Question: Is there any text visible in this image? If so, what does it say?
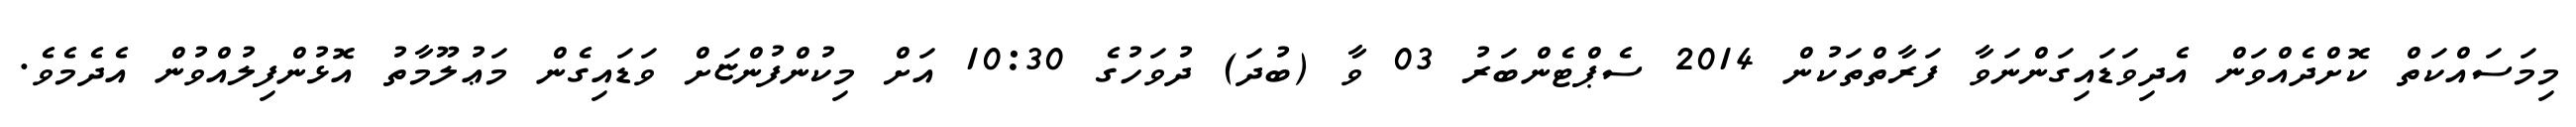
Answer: މިމަސައްކަތް ކޮށްދެއްވަން އެދިވަޑައިގަންނަވާ ފަރާތްތަކުން 2014 ސެޕްޓެންބަރު 03 ވާ (ބުދަ) ދުވަހުގެ 10:30 އަށް މިކުންފުންޏަށް ވަޑައިގެން މަޢުލޫމާތު އޮޅުންފިލުއްވުން އެދެމެވެ.